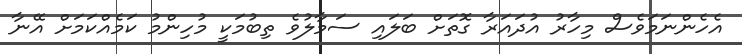
އެހެންނަމަވެސް މިހާރު އުދައަރާ ގޮތަށް ބަލައި ސަމާލުވެ ތިބުމަކީ މުހިންމު ކަމެއްކަމަށް އޭނާ